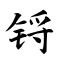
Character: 锊